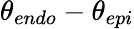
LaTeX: \theta_{endo}-\theta_{epi}